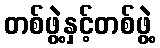
တစ်ဖွဲ့နှင့်တစ်ဖွဲ့